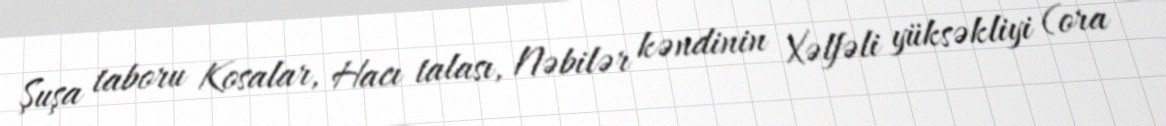
Şuşa taboru Kosalar, Hacı talası, Nəbilər kəndinin Xəlfəli yüksəkliyi (ora